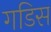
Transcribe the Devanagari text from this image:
गडिस